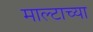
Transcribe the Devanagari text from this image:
माल्टाच्या